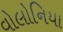
વોલોનિયા